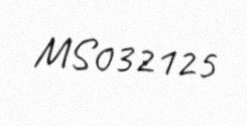
MS032125